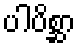
ပါပိစ္ဆာ